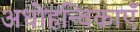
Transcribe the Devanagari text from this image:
अधोहन्विकाएँ